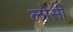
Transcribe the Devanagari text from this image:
लोसी